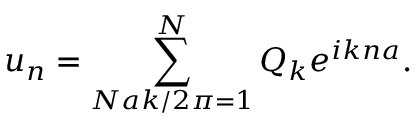
u _ { n } = \sum _ { N a k / 2 \pi = 1 } ^ { N } Q _ { k } e ^ { i k n a } .